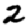
Digit: 2